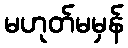
မဟုတ်မမှန်